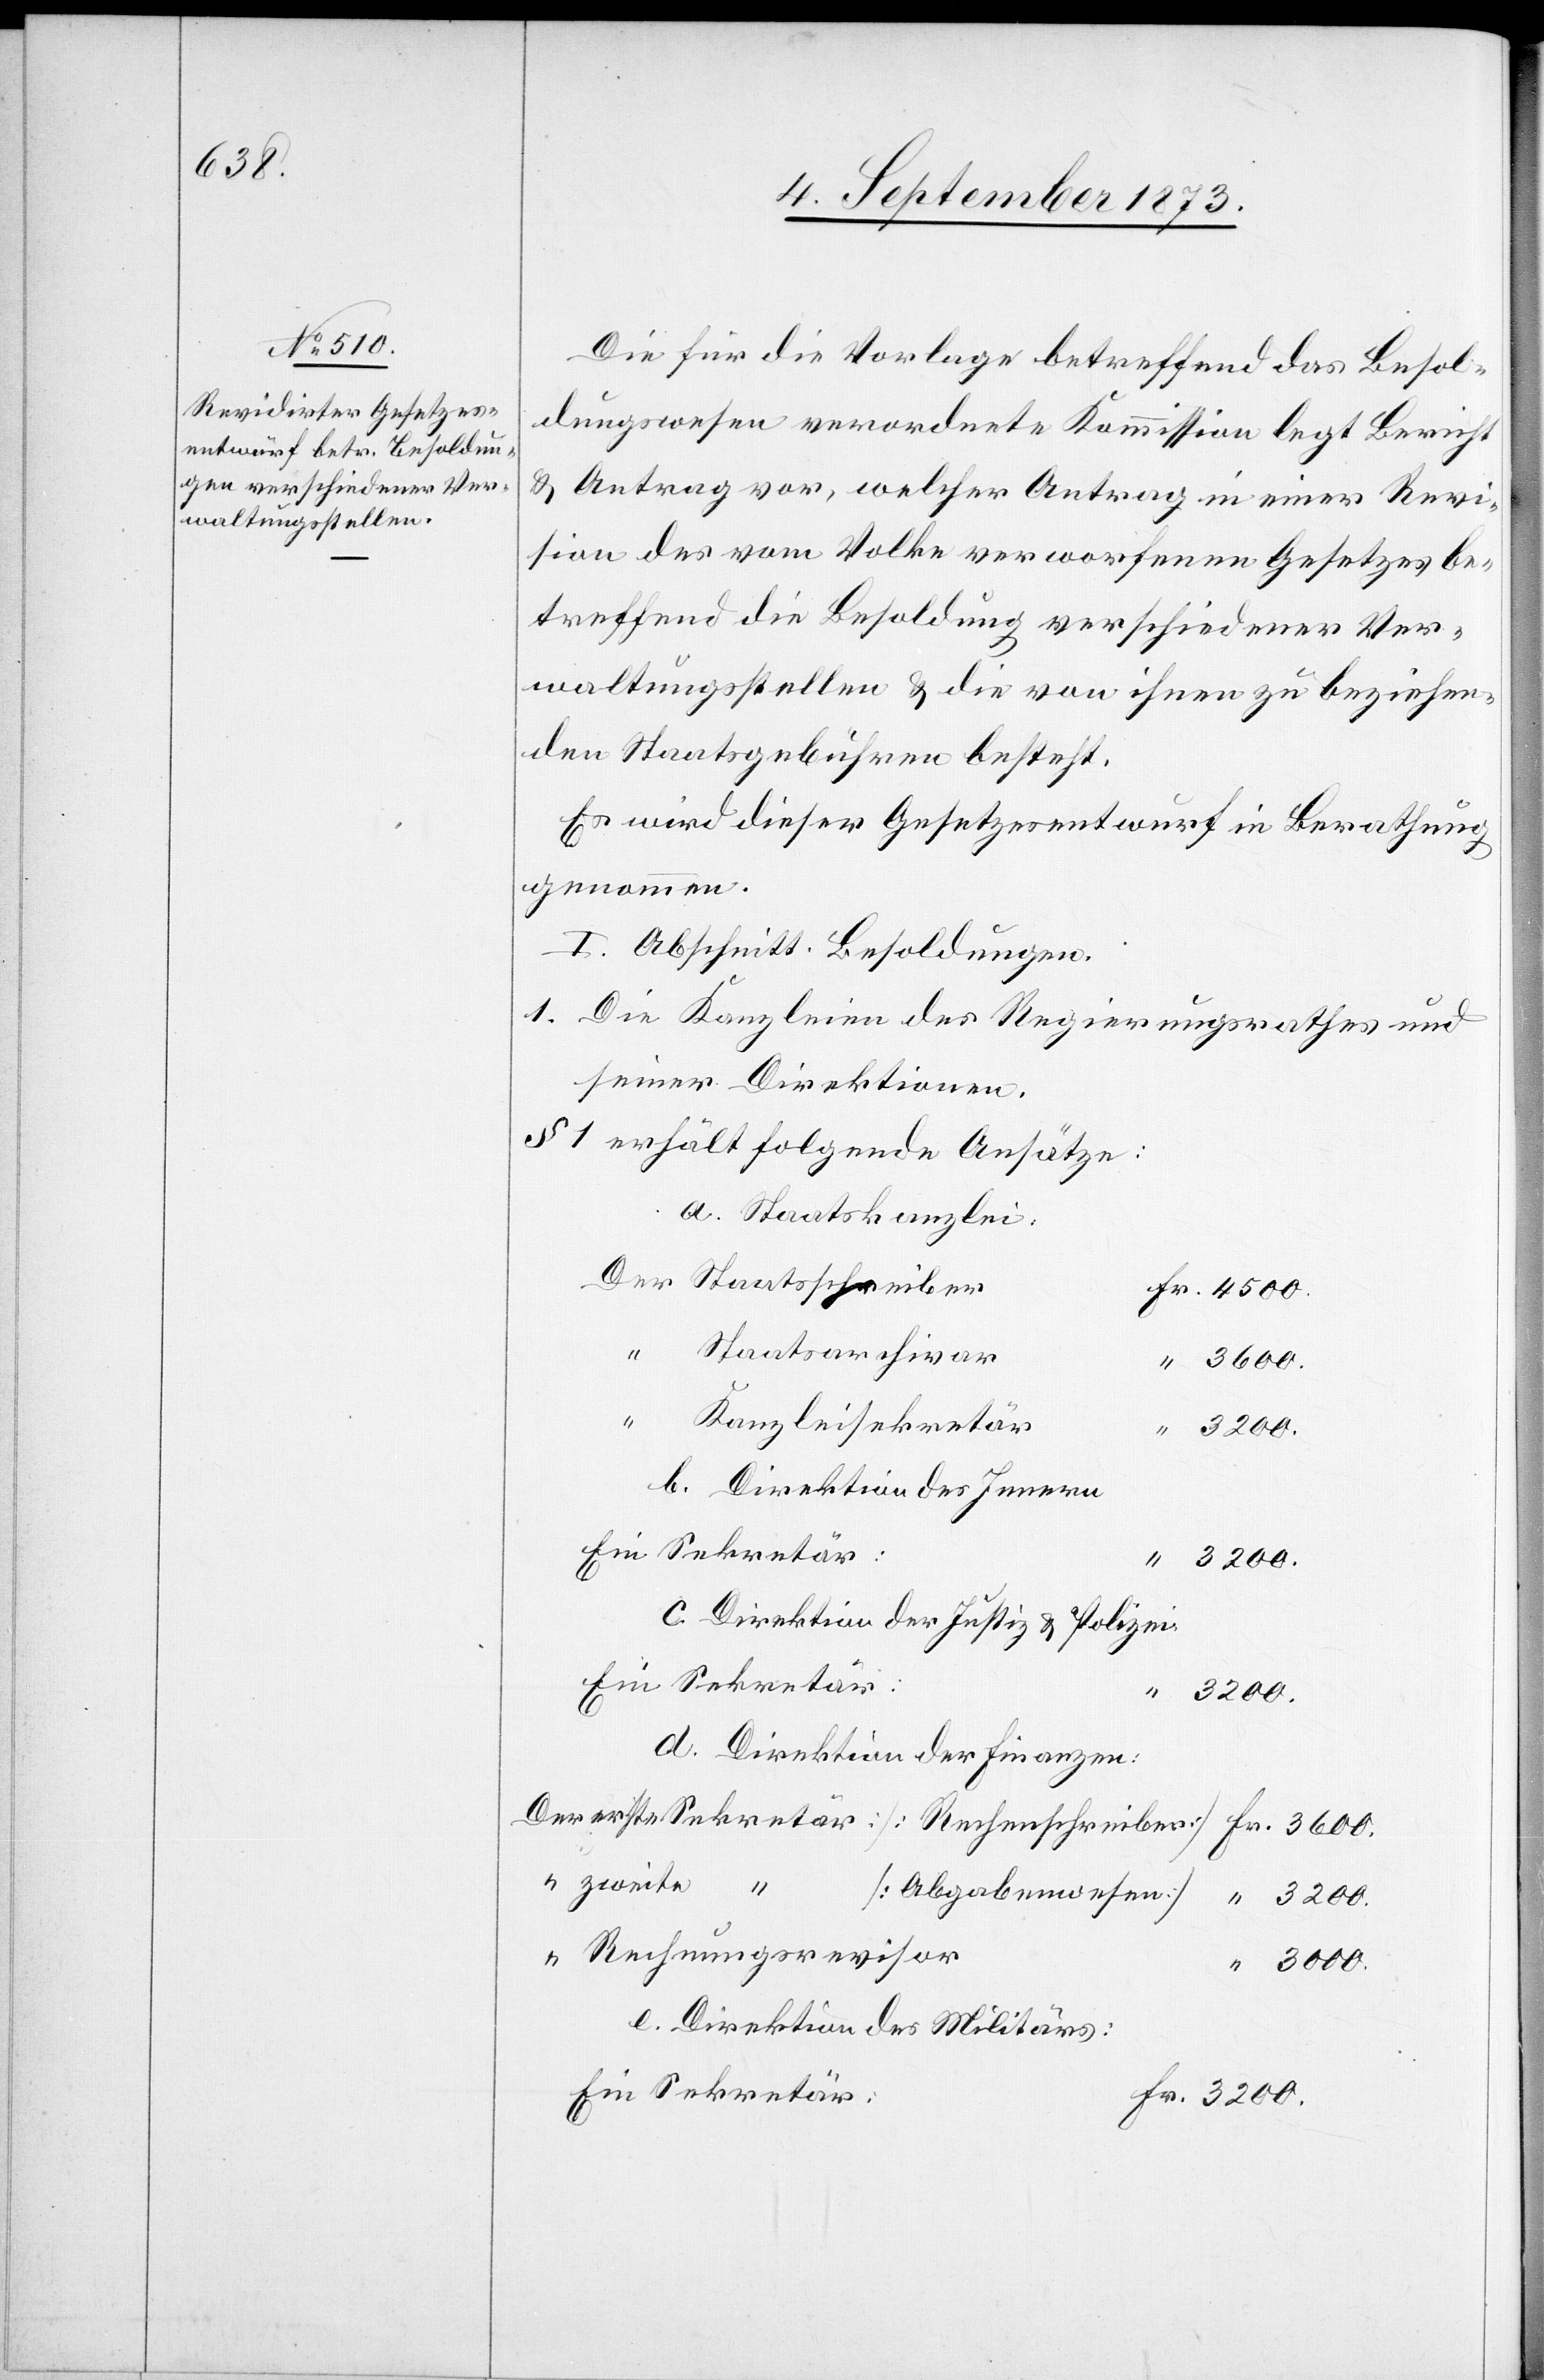
Die für die Vorlage betreffend das Besol¬
dungswesen verordnete Kommission legt Bericht
& Antrag vor, welcher Antrag in einer Revi¬
sion des vom Volke verworfenen Gesetzes be¬
treffend die Besoldung verschiedener Ver¬
waltungsstellen & die von ihnen zu beziehen¬
den Staatsgebühren besteht.
Es wird dieser Gesetzesentwurf in Berathung
genommen.
I. Abschnitt. Besoldungen.
1. Die Kanzleien des Regierungsrathes und
seiner Direktionen.
§ 1 erhält folgende Ansätze:
a. Staatskanzlei:
Staatsschreiber
Staatsarchivar
Fr.
Kanzleisekretär
b. Direktion des Innern
c. Direktion der Justiz & Polizei
4
3 200.
d. Direktion der Finanzen:
[Abgabenwesen]
Rechnungsrevisor
e. Direktion des Militärs:
e Sekretär: